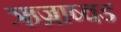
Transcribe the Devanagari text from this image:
ऋज्राष्वड